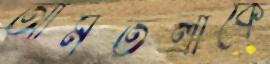
আমতলীকে